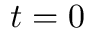
t = 0